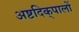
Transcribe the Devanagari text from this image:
अष्टदिक्‌पालों